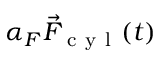
\alpha _ { F } \vec { F } _ { \mathrm { ~ c ~ y ~ l ~ } } ( t )